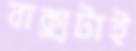
বাক্সটাই